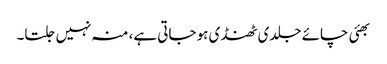
بھئی چائے جلدی ٹھنڈی ہو جاتی ہے، منہ نہیں جلتا۔